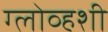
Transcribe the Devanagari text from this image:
ग्लोव्हशी